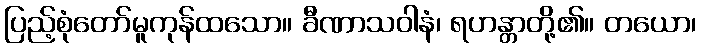
ပြည့်စုံတော်မူကုန်ထသော။ ခီဏာသဝါနံ၊ ရဟန္တာတို့၏။ တယော၊